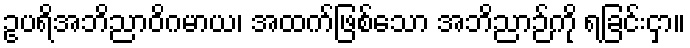
ဥပရိအဘိညာဝိဂမာယ၊ အထက်ဖြစ်သော အဘိညာဉ်ကို ရခြင်းငှာ။